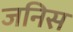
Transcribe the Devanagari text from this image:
जनिस